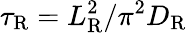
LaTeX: \tau_{\mathrm{R}}=L_{\mathrm{R}}^{2}/\pi^{2}D_{\mathrm{R}}